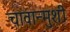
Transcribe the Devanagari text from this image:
चावान्मुशी